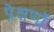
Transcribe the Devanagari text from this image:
प्रेक्षणॉं